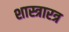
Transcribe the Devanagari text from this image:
शास्त्रारत्र